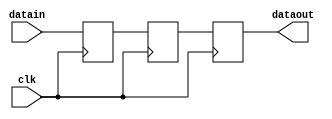
`define SIMULATION_MEMORY

module delay1x3 (datain, dataout, clk);

    input datain; 
    output dataout; 
    wire dataout;
    input clk; 

    reg buff0; 
    reg buff1; 
    reg buff2; 

    assign dataout = buff2 ;

    always @(posedge clk)
    begin
/* PAJ expanded for loop to hard definition the size of `depth */
       buff0 <= datain ; 
		buff1 <= buff0;
		buff2 <= buff1;
    end 
 endmodule